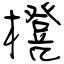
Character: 櫈